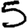
Digit: 5